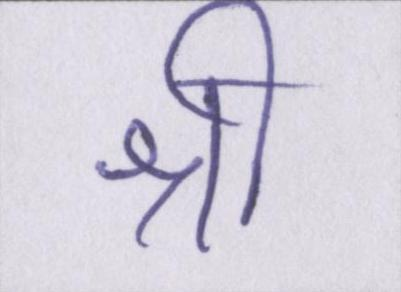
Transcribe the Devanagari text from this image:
श्री